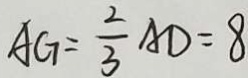
A G = \frac { 2 } { 3 } A D = 8